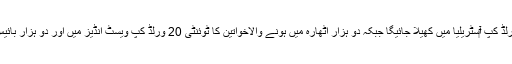
دو ہزار بیس کا ٹی ٹونٹی ورلڈ کپ آ‎سٹریلیا میں کھیلا جائیگا جبکہ دو ہزار اٹھارہ میں ہونے والاخواتین کا ٹوئنٹی 20 ورلڈ کپ ویسٹ انڈیز میں اور دو ہزار بائیس کا جنوبی افریقہ میں ہوگا۔